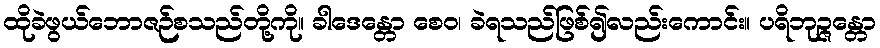
ထိုခဲဖွယ်ဘောဇဉ်စသည်တို့ကို။ ခါဒေန္တော စေဝ၊ ခဲရသည်ဖြစ်၍လည်းကောင်း။ ပရိဘုဉ္ဇန္တော